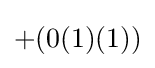
+(0(1)(1))